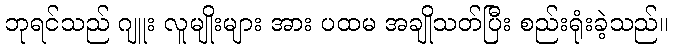
ဘုရင်သည် ဂျူး လူမျိုးများ အား ပထမ အချိုသတ်ပြီး စည်းရုံးခဲ့သည်။